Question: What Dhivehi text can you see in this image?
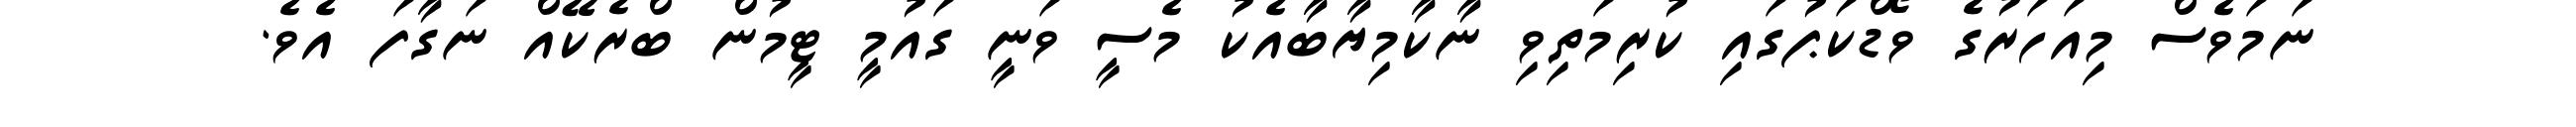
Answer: ނަމަވެސް މިއަހަރުގެ ވޯޑްކަޕުގައި ކުރިމަތިވި ނާކާމިޔާބާއެކު މެސީ ވަނީ ގައުމީ ޓީމުން ބްރެކޭއް ނަގާފަ އެވެ.